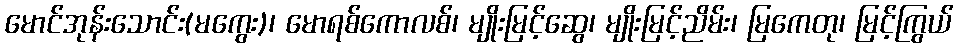
မောင်အုန်းသောင်း(မကွေး)၊ မောရစ်ကောလစ်၊ မျိုးမြင့်ဆွေ၊ မျိုးမြင့်ညိမ်း၊ မြကေတု၊ မြင့်ကြွယ်